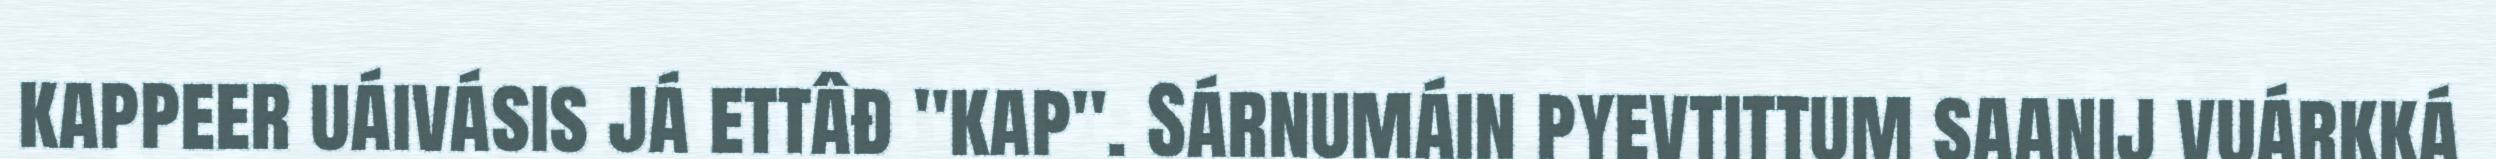
kappeer uáivásis já ettâđ "kap". Sárnumáin pyevtittum saanij vuárkká